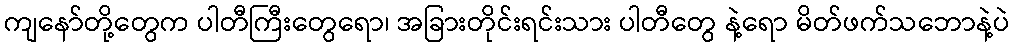
ကျနော်တို့တွေက ပါတီကြီးတွေရော၊ အခြားတိုင်းရင်းသား ပါတီတွေ နဲ့ရော မိတ်ဖက်သဘောနဲ့ပဲ